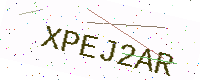
Text: XPEJ2AR